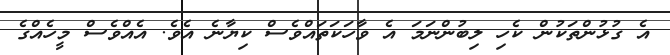
އެ ގުޅުންތަކުން ކެހި ލިބުންނަމަ އެ ވާހަކަތައްވެސް ކިޔާނެ އެވެ. އެއްވެސް މީހެއްގެ